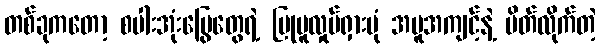
တစ်ခုကတော့ စပါးအုံးမြွေတွေရဲ့ ပြုမူလှုပ်ရှားပုံ အမူအကျင့်နဲ့ မိတ်လိုက်တဲ့